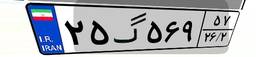
۲۵گ۵۶۹۵۷